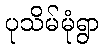
ပုသိမ်မုံရွာ